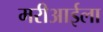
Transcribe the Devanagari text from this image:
मरीआईला